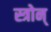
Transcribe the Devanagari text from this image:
स्त्रोन्